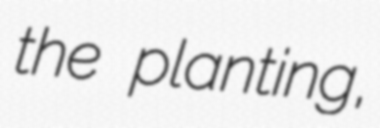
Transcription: the planting,